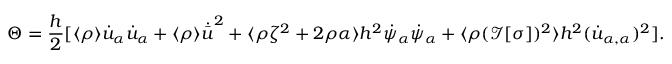
\Theta = \frac { h } { 2 } [ \langle \rho \rangle \dot { u } _ { \alpha } \dot { u } _ { \alpha } + \langle \rho \rangle \dot { \bar { u } } ^ { 2 } + \langle \rho \zeta ^ { 2 } + 2 \rho \alpha \rangle h ^ { 2 } \dot { \psi } _ { \alpha } \dot { \psi } _ { \alpha } + \langle \rho ( \mathcal { I } [ \sigma ] ) ^ { 2 } \rangle h ^ { 2 } ( \dot { u } _ { \alpha , \alpha } ) ^ { 2 } ] .